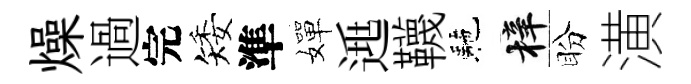
燥過完矮準嬋𨓱韈駰梓盼潢